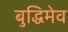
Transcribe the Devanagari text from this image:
बुद्धिमेव